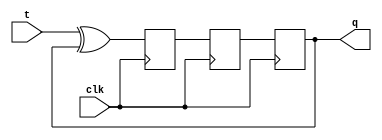
module t_flip_flop (
    input clk,
    input t,
    output reg q
);

reg d1, d2;

//Master flip-flop
always @(posedge clk) begin
    d1 <= t ^ q;
end

//Slave flip-flop
always @(posedge clk) begin
    d2 <= d1;
    q <= d2;
end

endmodule